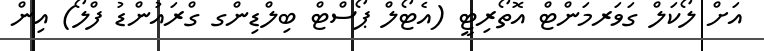
އަށް ލޯކަލް ގަވަރމަންޓް އޮތޯރިޓީ (އެޓޯލް ޕޯސްޓް ބިލްޑިންގ ގްރައުންޑު ފްލޯ) އިން